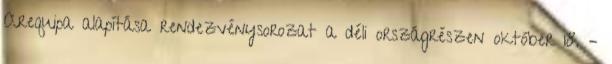
Arequipa alapítása rendezvénysorozat a déli országrészen október 18. –